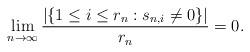
LaTeX: \begin{align*}\lim_{n\rightarrow \infty}\frac{\lvert\{1\leq i\leq r_n:s_{n,i}\neq 0\}\rvert}{r_n}=0.\end{align*}